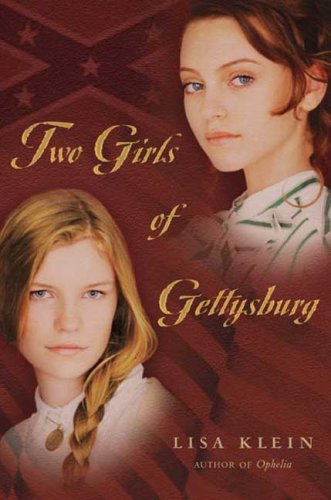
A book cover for Two Girls of Gettysburg; Lisa Klein; Teen & Young Adult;